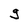
Character: g